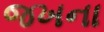
જખના